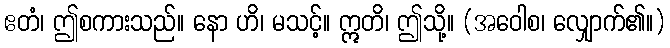
ဧတံ၊ ဤစကားသည်။ နော ဟိ၊ မသင့်။ ဣတိ၊ ဤသို့။ (အဝေါစ၊ လျှောက်၏။)